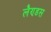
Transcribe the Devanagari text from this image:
लैण्डस